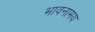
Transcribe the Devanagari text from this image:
भावनामय